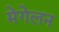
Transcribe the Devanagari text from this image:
मेगेलन